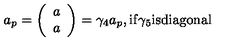
a _ { p } = \left( \begin{array} { c } { a } \\ { a } \\ \end{array} \right) = \gamma _ { 4 } a _ { p } , \mathrm { i f } \gamma _ { 5 } \mathrm { i s d i a g o n a l } \nonumber